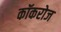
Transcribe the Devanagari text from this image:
कॉकरोज